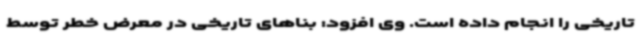
تاریخی را انجام داده است. وی افزود: بناهای تاریخی در معرض خطر توسط